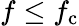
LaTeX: f\leq f_{\mathrm{c}}